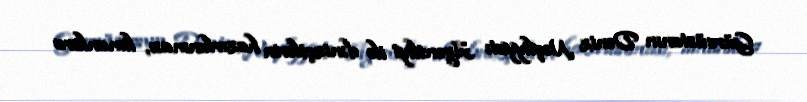
Gürcüstanın Dəniz Nəqliyyatı Agentliyi ilə dənizçilərin hazırlanması, limanlara